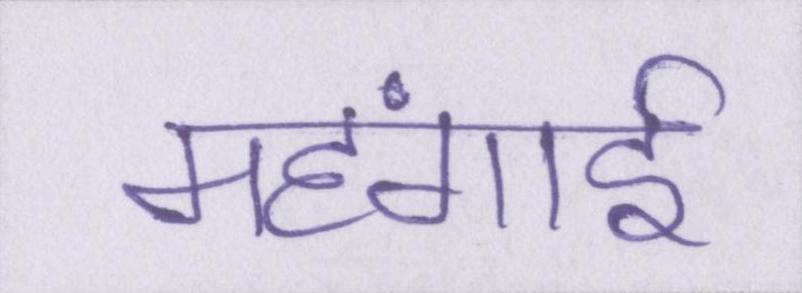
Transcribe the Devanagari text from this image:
महंगार्इ